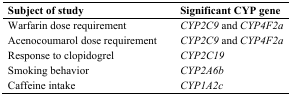
<table><thead><tr><td><b>Subject of study</b></td><td><b>Significant CYP gene</b></td></tr></thead><tbody><tr><td>Warfarin dose requirement</td><td><i>CYP2C9</i> and <i>CYP4F2a</i></td></tr><tr><td>Acenocoumarol dose requirement</td><td><i>CYP2C9</i> and <i>CYP4F2a</i></td></tr><tr><td>Response to clopidogrel</td><td><i>CYP2C19</i></td></tr><tr><td>Smoking behavior</td><td><i>CYP2A6b</i></td></tr><tr><td>Caffeine intake</td><td><i>CYP1A2c</i></td></tr></tbody></table>